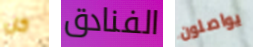
كل الفنادق يواصلون